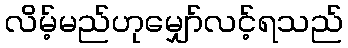
လိမ့်မည်ဟုမျှော်လင့်ရသည်